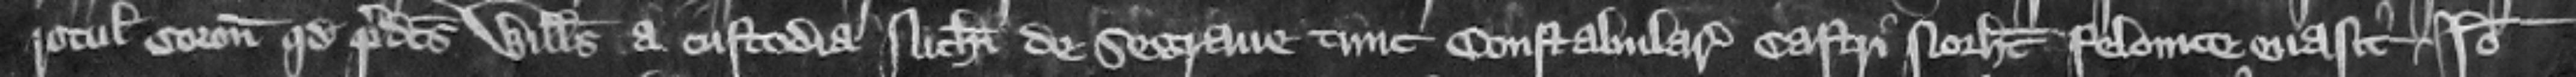
rotulos coronatoris quod predictus Willelmus a custodia Nicholai de Segraue tunc constabularii castri Northamton felonice euasit. Ideo